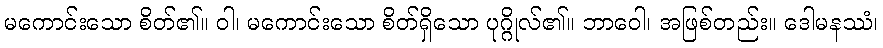
မကောင်းသော စိတ်၏။ ဝါ၊ မကောင်းသော စိတ်ရှိသော ပုဂ္ဂိုလ်၏။ ဘာဝေါ၊ အဖြစ်တည်း။ ဒေါမနဿံ၊